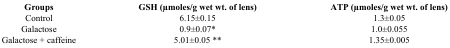
<table><thead><tr><td><b>Groups</b></td><td><b>GSH (μmoles/g wet wt. of lens)</b></td><td><b>ATP (μmoles/g wet wt. of lens)</b></td></tr></thead><tbody><tr><td>Control</td><td>6.15±0.15</td><td>1.3±0.05</td></tr><tr><td>Galactose</td><td>0.9±0.07*</td><td>1.0±0.055</td></tr><tr><td>Galactose + caffeine</td><td>5.01±0.05 **</td><td>1.35±0.005</td></tr></tbody></table>